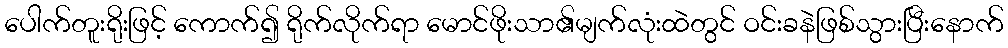
ပေါက်တူးရိုးဖြင့် ကောက်၍ ရိုက်လိုက်ရာ မောင်ဖိုးသာ၏မျက်လုံးထဲတွင် ဝင်းခနဲဖြစ်သွားပြီးနောက်